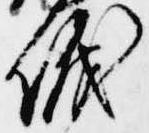
儀